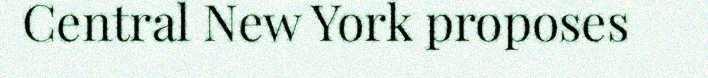
Central New York proposes